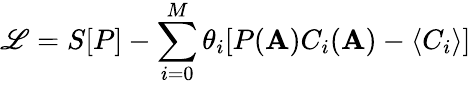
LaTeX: \mathscr{L}=S[P]-\sum_{i=0}^{M}\theta_{i}[P(\mathbf{A})C_{i}(\mathbf{A})-\langle C_{i}\rangle]